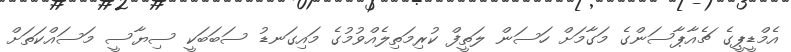
އެމްޑީޕީގެ ޗެއާޕާސަންގެ މަގާމަށް ހަސަން ލަތީފް ކުރިމަތިލެއްވުމުގެ މައިގަނޑު ސަބަބަކީ ސިޔާސީ މަސައްކަތަށް